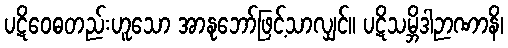
ပဋိဝေဓတည်းဟူသော အာနုဘော်ဖြင့်သာလျှင်။ ပဋိသမ္ဘိဒါဉာဏာနိ၊